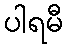
ပါရမီ